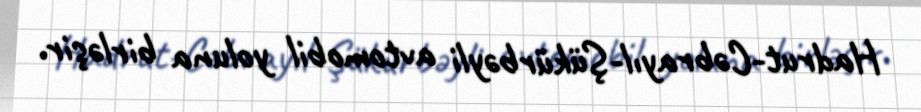
Hadrut-Cəbrayıl-Şükürbəyli avtomobil yoluna birləşir.